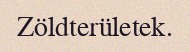
Zöldterületek.